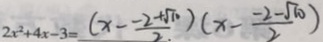
2 x ^ { 2 } + 4 x - 3 = ( x - \frac { - 2 + \sqrt { 1 0 } } { 2 . } ) ( x - \frac { - 2 - \sqrt { 1 0 } } { 2 } )